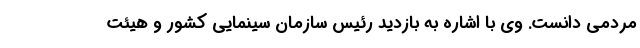
مردمی دانست. وی با اشاره به بازدید رئیس سازمان سینمایی کشور و هیئت